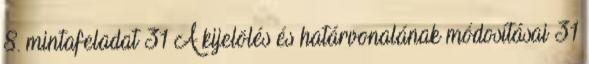
8. mintafeladat 31 A kijelölés és határvonalának módosításai 31